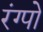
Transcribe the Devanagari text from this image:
रंग्पो